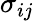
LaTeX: \sigma_{ij}